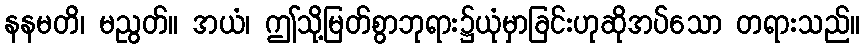
နနမတိ၊ မညွတ်။ အယံ၊ ဤသို့မြတ်စွာဘုရား၌ယုံမှာခြင်းဟုဆိုအပ်သော တရားသည်။